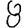
Digit: 8